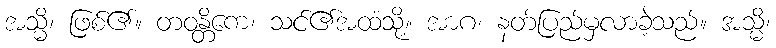
အသ္မိ၊ ဖြစ်၏။ တဝန္တိကေ၊ သင်၏အထံသို့။ အာဂ၊ နတ်ပြည်မှလာခဲ့သည်။ အသ္မိ၊